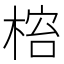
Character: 𬃋